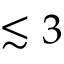
\lesssim 3